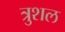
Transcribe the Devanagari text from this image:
त्रुशल